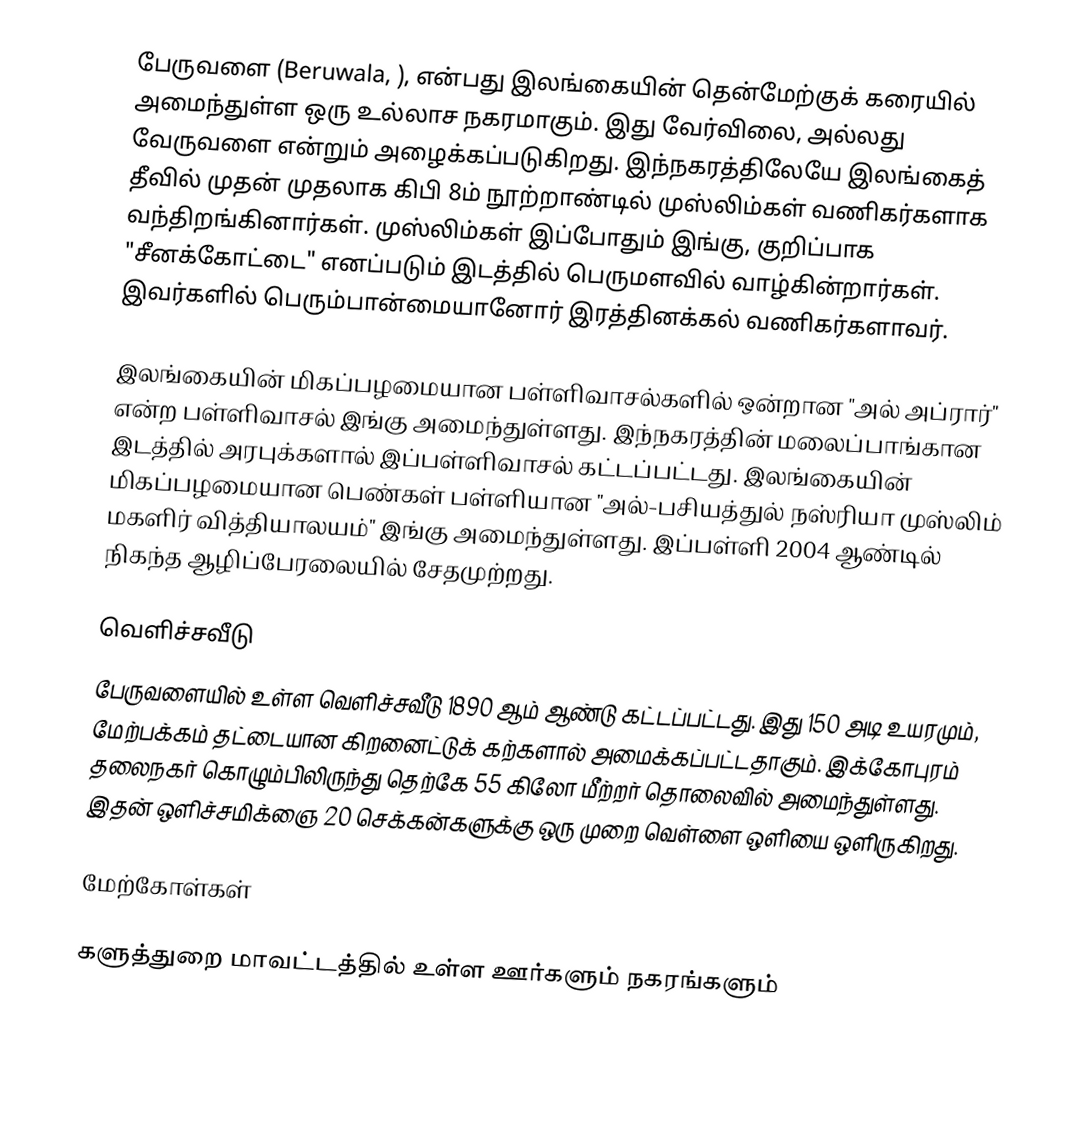
பேருவளை (Beruwala, ), என்பது இலங்கையின் தென்மேற்குக் கரையில் அமைந்துள்ள ஒரு உல்லாச நகரமாகும். இது வேர்விலை, அல்லது வேருவளை என்றும் அழைக்கப்படுகிறது. இந்நகரத்திலேயே இலங்கைத் தீவில் முதன் முதலாக கிபி 8ம் நூற்றாண்டில் முஸ்லிம்கள் வணிகர்களாக வந்திறங்கினார்கள். முஸ்லிம்கள் இப்போதும் இங்கு, குறிப்பாக "சீனக்கோட்டை" எனப்படும் இடத்தில் பெருமளவில் வாழ்கின்றார்கள். இவர்களில் பெரும்பான்மையானோர் இரத்தினக்கல் வணிகர்களாவர்.

இலங்கையின் மிகப்பழமையான பள்ளிவாசல்களில் ஒன்றான "அல் அப்ரார்" என்ற பள்ளிவாசல் இங்கு அமைந்துள்ளது. இந்நகரத்தின் மலைப்பாங்கான இடத்தில் அரபுக்களால் இப்பள்ளிவாசல் கட்டப்பட்டது. இலங்கையின் மிகப்பழமையான பெண்கள் பள்ளியான "அல்-பசியத்துல் நஸ்ரியா முஸ்லிம் மகளிர் வித்தியாலயம்" இங்கு அமைந்துள்ளது. இப்பள்ளி 2004 ஆண்டில் நிகந்த ஆழிப்பேரலையில் சேதமுற்றது.

வெளிச்சவீடு
பேருவளையில் உள்ள வெளிச்சவீடு 1890 ஆம் ஆண்டு கட்டப்பட்டது. இது 150 அடி உயரமும், மேற்பக்கம் தட்டையான கிறனைட்டுக் கற்களால் அமைக்கப்பட்டதாகும். இக்கோபுரம் தலைநகர் கொழும்பிலிருந்து தெற்கே 55 கிலோ மீற்றர் தொலைவில் அமைந்துள்ளது. இதன் ஒளிச்சமிக்ஞை 20 செக்கன்களுக்கு ஒரு முறை வெள்ளை ஒளியை ஒளிருகிறது.

மேற்கோள்கள்

களுத்துறை மாவட்டத்தில் உள்ள ஊர்களும் நகரங்களும்